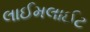
લાઈમલાઈટ